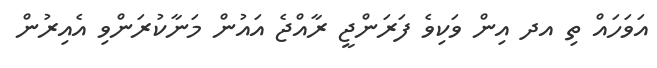
އަވަހައް ތި އދ އިން ވަކިވެ ފަރަންޖީ ރާއްޖެ އައުން މަނާކުރަންވި އެއިރުން